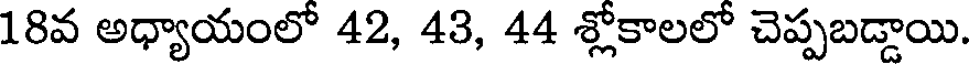
18వ అధ్యాయంలో 42, 43, 44 శ్లోకాలలో చెప్పబడ్డాయి.